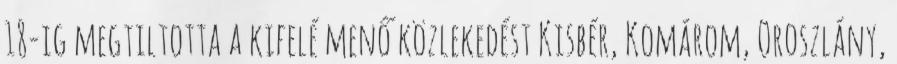
18-ig megtiltotta a kifelé menő közlekedést Kisbér, Komárom, Oroszlány,